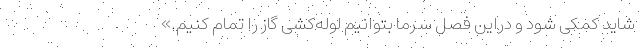
شاید کمکی شود و دراین فصل سرما بتوانیم لوله‌کشی گاز را تمام کنیم.»